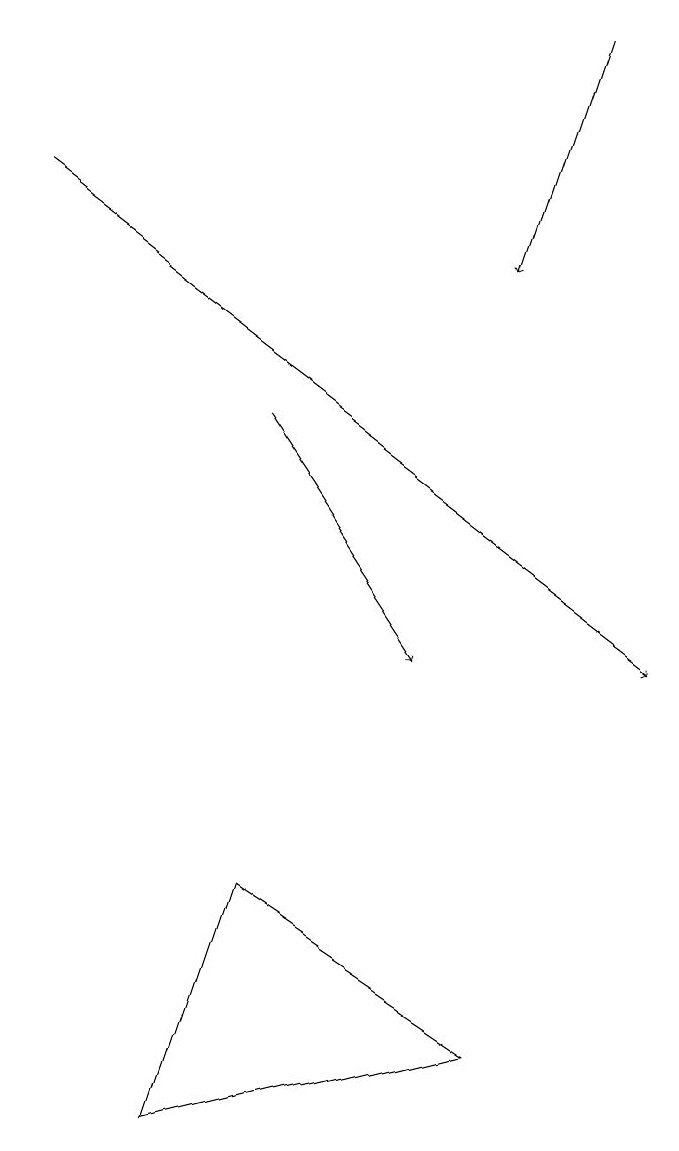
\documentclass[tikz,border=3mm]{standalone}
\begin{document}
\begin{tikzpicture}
\draw[->] (3,14) -- (5,11);
\draw[->] (7,19) -- (6,16);
\draw[->] (0,17) -- (8,11);
\draw (2,5) -- (6,6) -- (3,8) -- cycle;
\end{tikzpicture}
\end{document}